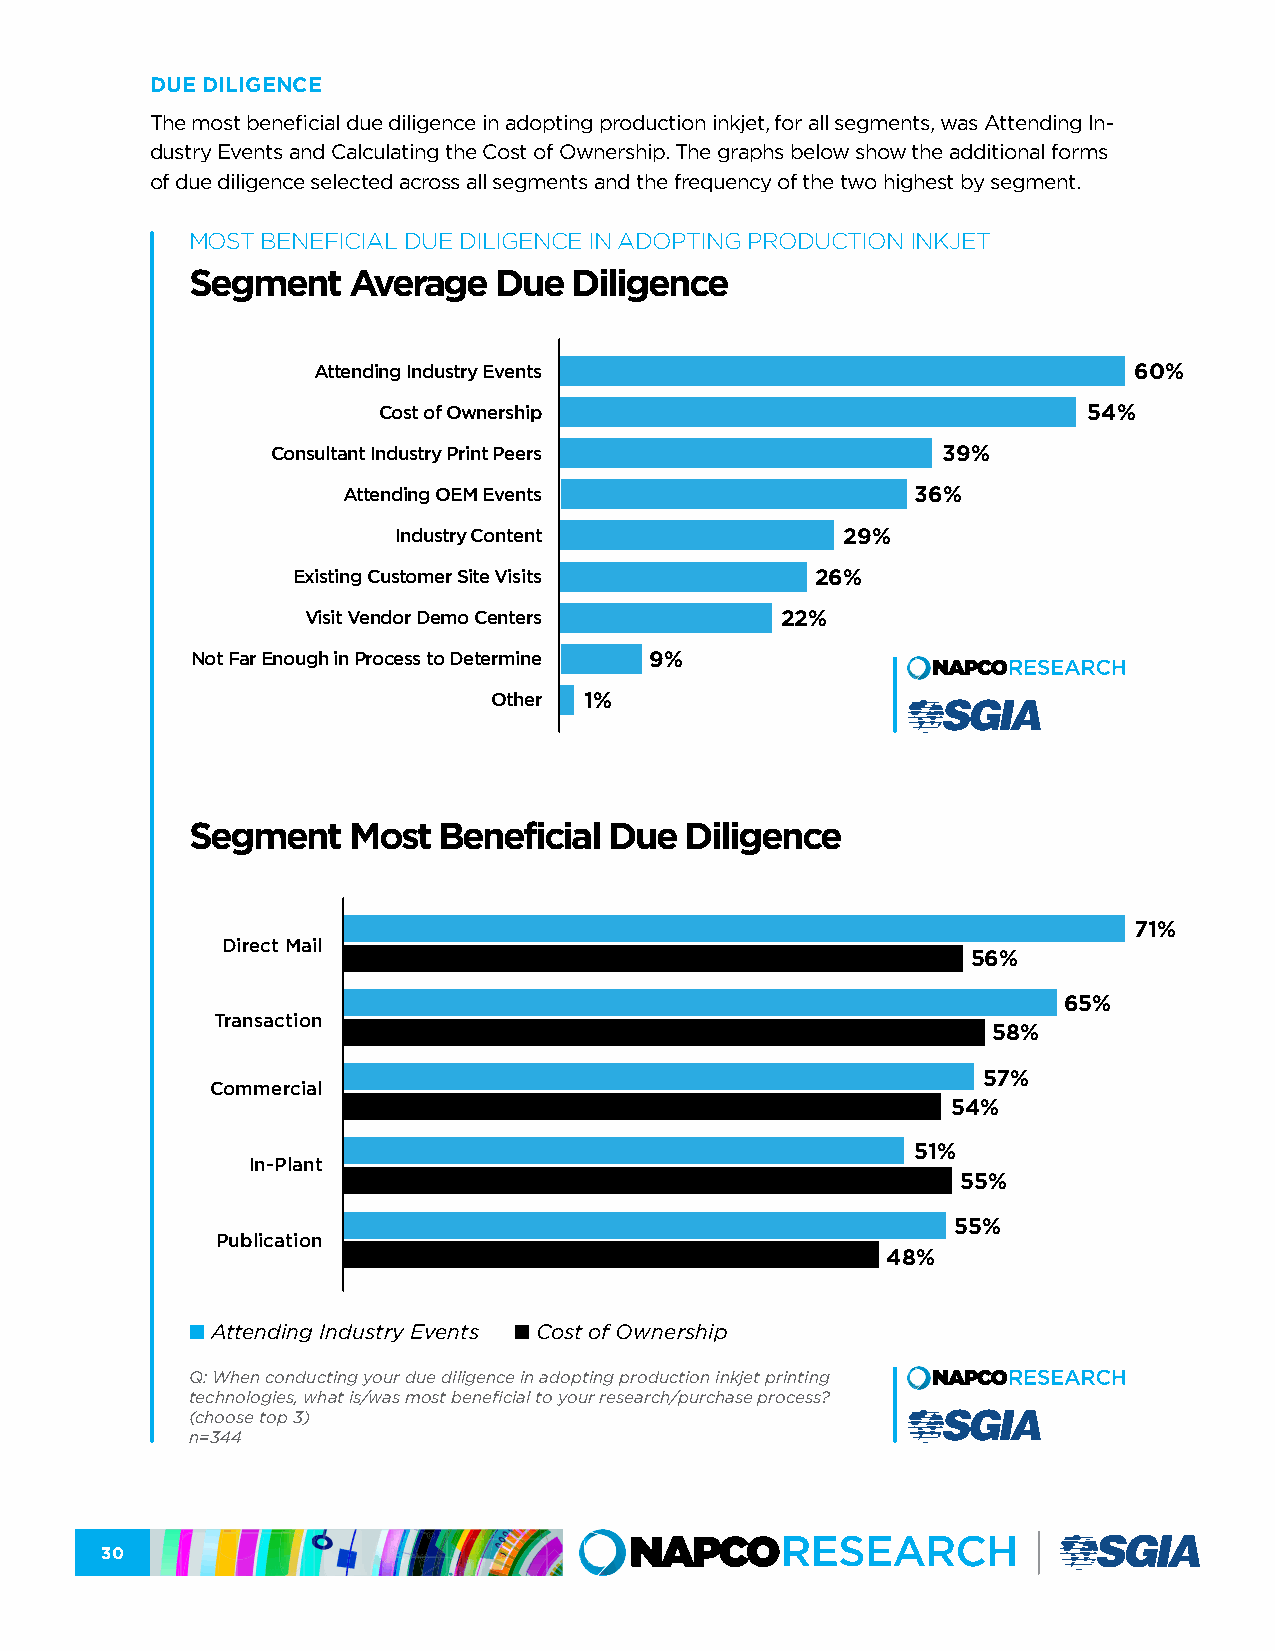
DUE DILIGENCE
 The most beneficial due diligence in adopting production inkjet, for all segments, was Attending In-
 dustry Events and Calculating the Cost of Ownership. The graphs below show the additional forms
 of due diligence selected across all segments and the frequency of the two highest by segment.
 MOST BENEFICIAL DUE DILIGENCE IN ADOPTING PRODUCTION INKJET
 Segment   Average   Due  Diligence
 Attending Industry Events                             60%
 Cost of Ownership                              54%
 Consultant Industry Print Peers             39%
 Attending OEM Events                  36%
 Industry Content              29%
 Existing Customer Site Visits      26%
 Visit Vendor Demo Centers       22%
 Not Far Enough in Process to Determine 9%
 Other 1%
 Segment   Most  Beneficial Due  Diligence
 71%
 Direct Mail
 56%
 65%
 Transaction
 58%
 57%
 Commercial
 54%
 51%
 In-Plant
 55%
 55%
 Publication
 48%
 n Attending Industry Events n Cost of Ownership
 Q: When conducting your due diligence in adopting production inkjet printing
 technologies, what is/was most beneficial to your research/purchase process?
 (choose top 3)
 n=344
 30